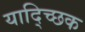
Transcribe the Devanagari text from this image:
याद्च्छिक